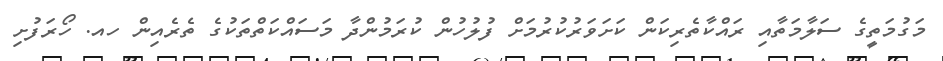
މަގުމަތީގެ ސަލާމަތާއި ރައްކާތެރިކަން ކަށަވަރުކުރުމަށް ފުލުހުން ކުރަމުންދާ މަސައްކަތްތަކުގެ ތެރެއިން ހއ. ހޯރަފުށި